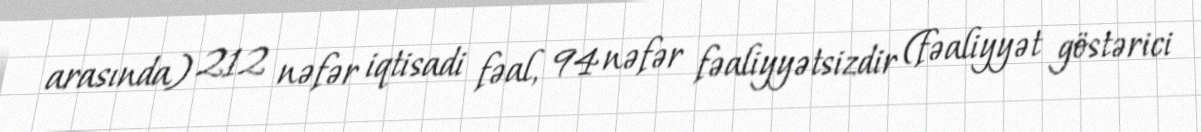
arasında) 212 nəfər iqtisadi fəal, 94 nəfər fəaliyyətsizdir (fəaliyyət göstərici